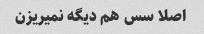
اصلا سس هم دیگه نمیریزن